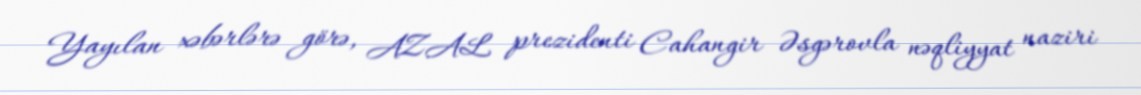
Yayılan xəbərlərə görə, AZAL prezidenti Cahangir Əsgərovla nəqliyyat naziri